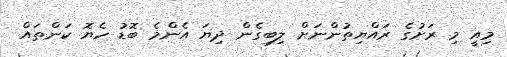
މިއީ މި ރަށުގެ ރައްޔިތުންނަށް ލިބިގެން ދިޔަ އެންމެ ބޮޑު ހެޔޮ ކަންތައް